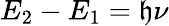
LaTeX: E_{2}-E_{1}=\mathfrak{h}\nu